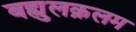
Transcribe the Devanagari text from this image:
बह्युलक़लम